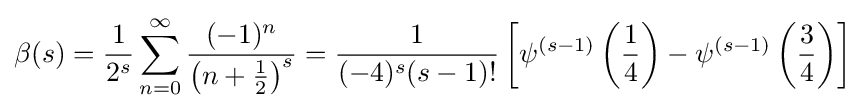
\beta (s)={\frac {1}{2^{s}}}\sum _{n=0}^{\infty }{\frac {(-1)^{n}}{\left(n+{\frac {1}{2}}\right)^{s}}}={\frac {1}{(-4)^{s}(s-1)!}}\left[\psi ^{(s-1)}\left({\frac {1}{4}}\right)-\psi ^{(s-1)}\left({\frac {3}{4}}\right)\right]